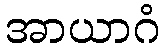
အာယာဂံ